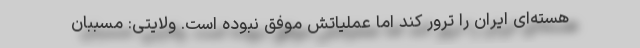
هسته‌ای ایران را ترور کند اما عملیاتش موفق نبوده است. ولایتی: مسببان